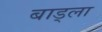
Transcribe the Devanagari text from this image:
बाड्ला